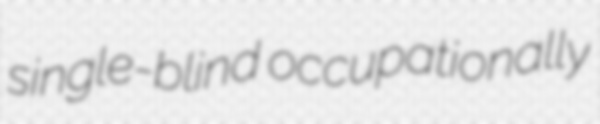
single-blind occupationally